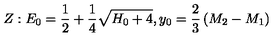
Z : E _ { 0 } = { \frac { 1 } { 2 } } + { \frac { 1 } { 4 } } \sqrt { H _ { 0 } + 4 } , y _ { 0 } = { \frac { 2 } { 3 } } \left( M _ { 2 } - M _ { 1 } \right)